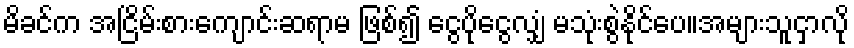
မိခင်က အငြိမ်းစားကျောင်းဆရာမ ဖြစ်၍ ငွေပိုငွေလျှံ မသုံးစွဲနိုင်ပေ။အများသူငှာလို